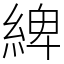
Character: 綼